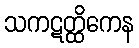
သကဋတ္ထိကေန